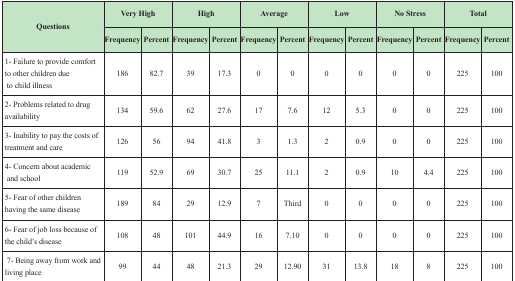
<table><thead><tr><td rowspan="2"><b>Questions</b></td><td colspan="2"><b>Very High</b></td><td colspan="2"><b>High</b></td><td colspan="2"><b>Average</b></td><td colspan="2"><b>Low</b></td><td colspan="2"><b>No Stress</b></td><td colspan="2"><b>Total</b></td></tr><tr><td><b>Frequency</b></td><td><b>Percent</b></td><td><b>Frequency</b></td><td><b>Percent</b></td><td><b>Frequency</b></td><td><b>Percent</b></td><td><b>Frequency</b></td><td><b>Percent</b></td><td><b>Frequency</b></td><td><b>Percent</b></td><td><b>Frequency</b></td><td><b>Percent</b></td></tr></thead><tbody><tr><td>1- Failure to provide comfortto other children due to child illness</td><td>186</td><td>82.7</td><td>39</td><td>17.3</td><td>0</td><td>0</td><td>0</td><td>0</td><td>0</td><td>0</td><td>225</td><td>100</td></tr><tr><td>2- Problems related to drugavailability</td><td>134</td><td>59.6</td><td>62</td><td>27.6</td><td>17</td><td>7.6</td><td>12</td><td>5.3</td><td>0</td><td>0</td><td>225</td><td>100</td></tr><tr><td>3- Inability to pay the costs of treatment and care</td><td>126</td><td>56</td><td>94</td><td>41.8</td><td>3</td><td>1.3</td><td>2</td><td>0.9</td><td>0</td><td>0</td><td>225</td><td>100</td></tr><tr><td>4- Concern about academicand school</td><td>119</td><td>52.9</td><td>69</td><td>30.7</td><td>25</td><td>11.1</td><td>2</td><td>0.9</td><td>10</td><td>4.4</td><td>225</td><td>100</td></tr><tr><td>5- Fear of other children having the same disease</td><td>189</td><td>84</td><td>29</td><td>12.9</td><td>7</td><td>Third</td><td>0</td><td>0</td><td>0</td><td>0</td><td>225</td><td>100</td></tr><tr><td>6- Fear of job loss because of the child’s disease</td><td>108</td><td>48</td><td>101</td><td>44.9</td><td>16</td><td>7.10</td><td>0</td><td>0</td><td>0</td><td>0</td><td>225</td><td>100</td></tr><tr><td>7- Being away from work andliving place</td><td>99</td><td>44</td><td>48</td><td>21.3</td><td>29</td><td>12.90</td><td>31</td><td>13.8</td><td>18</td><td>8</td><td>225</td><td>100</td></tr></tbody></table>